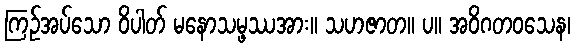
ကြဉ်အပ်သော ဝိပါတ် မနောသမ္ဖဿအား။ သဟဇာတ။ ပ။ အဝိဂတဝသေန၊